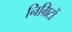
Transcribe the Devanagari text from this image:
निग्रिटों